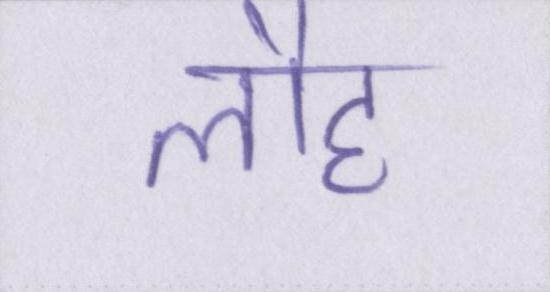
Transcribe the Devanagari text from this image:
लौह